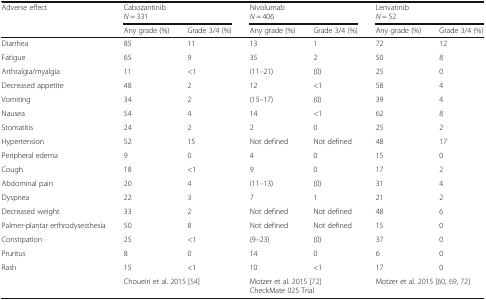
| <ROWSPAN=2> Adverse effect | <COLSPAN=2> CabozantinibN = 331 | <COLSPAN=2> NivolumabN = 406 | <COLSPAN=2> LenvatinibN = 52 |
 | Any grade (%) | Grade 3/4 (%) | Any grade (%) | Grade 3/4 (%) | Any grade (%) | Grade 3/4 (%) |
 | --- | --- | --- | --- | --- | --- | --- |
 | Diarrhea | 85 | 11 | 13 | 1 | 72 | 12 |
 | Fatigue | 65 | 9 | 35 | 2 | 50 | 8 |
 | Arthralgia/myalgia | 11 | <1 | (11–21) | (0) | 25 | 0 |
 | Decreased appetite | 48 | 2 | 12 | <1 | 58 | 4 |
 | Vomiting | 34 | 2 | (15–17) | (0) | 39 | 4 |
 | Nausea | 54 | 4 | 14 | <1 | 62 | 8 |
 | Stomatitis | 24 | 2 | 2 | 0 | 25 | 2 |
 | Hypertension | 52 | 15 | Not defined | Not defined | 48 | 17 |
 | Peripheral edema | 9 | 0 | 4 | 0 | 15 | 0 |
 | Cough | 18 | <1 | 9 | 0 | 17 | 2 |
 | Abdominal pain | 20 | 4 | (11–13) | (0) | 31 | 4 |
 | Dyspnea | 22 | 3 | 7 | 1 | 21 | 2 |
 | Decreased weight | 33 | 2 | Not defined | Not defined | 48 | 6 |
 | Palmer-plantar erthrodysesthesia | 50 | 8 | Not defined | Not defined | 15 | 0 |
 | Constipation | 25 | <1 | (9–23) | (0) | 37 | 0 |
 | Pruritus | 8 | 0 | 14 | 0 | 6 | 0 |
 | Rash | 15 | <1 | 10 | <1 | 17 | 0 |
 |  | <COLSPAN=2> Choueiri et al. 2015 [54] | <COLSPAN=2> Motzer et al. 2015 [72]CheckMate 025 Trial | <COLSPAN=2> Motzer et al. 2015 [60, 69, 72] |